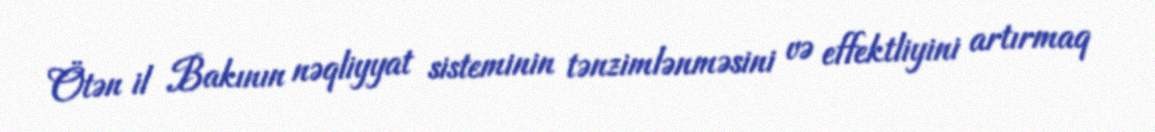
Ötən il Bakının nəqliyyat sisteminin tənzimlənməsini və effektliyini artırmaq